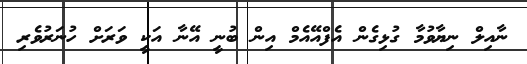
ނާއިލް ނިޔާވުމާ ގުޅިގެން އެފްއޭއެމް އިން ބުނީ އޭނާ އަކީ ވަރަށް ހުނަރުވެރި